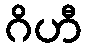
ဂိဟီ